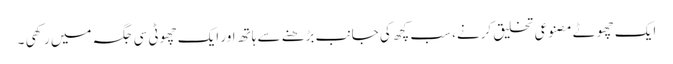
ایک چھوٹے مصنوعی تخلیق کرنے، سب کچھ کی جانب بڑھنے سے ہاتھ اور ایک چھوٹی سی جگہ میں رکھی ۔